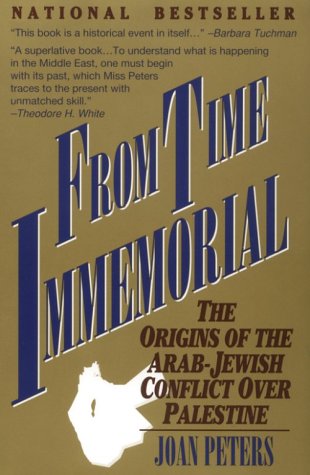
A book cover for From Time Immemorial: The Origins of the Arab-Jewish Conflict over Palestine; Joan Peters; History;